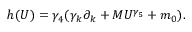
h ( U ) = \gamma _ { 4 } ( \gamma _ { k } \partial _ { k } + M U ^ { \gamma _ { 5 } } + m _ { 0 } ) .